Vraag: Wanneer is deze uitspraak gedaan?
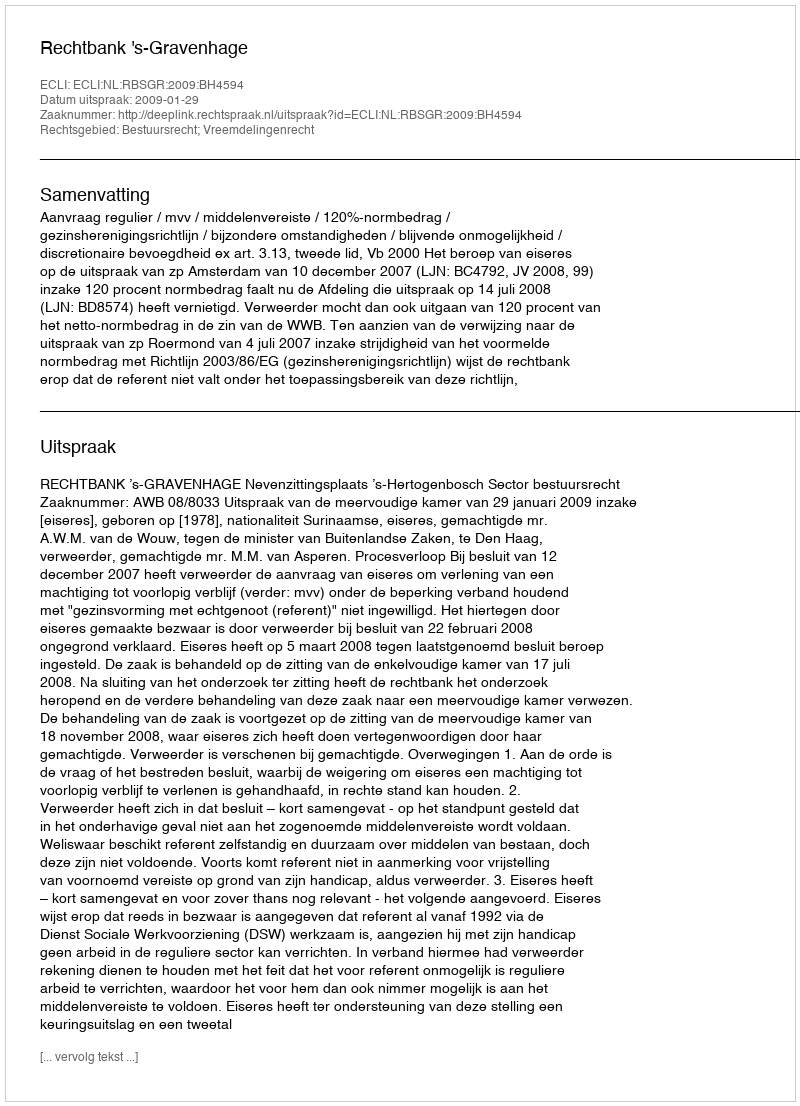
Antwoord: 2009-01-29